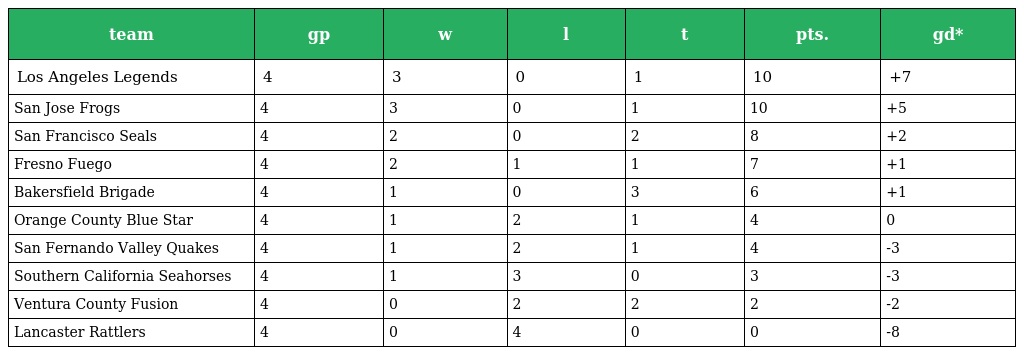
| team | gp | w | l | t | pts. | gd* |
 | --- | --- | --- | --- | --- | --- | --- |
 | Los Angeles Legends | 4 | 3 | 0 | 1 | 10 | +7 |
 | San Jose Frogs | 4 | 3 | 0 | 1 | 10 | +5 |
 | San Francisco Seals | 4 | 2 | 0 | 2 | 8 | +2 |
 | Fresno Fuego | 4 | 2 | 1 | 1 | 7 | +1 |
 | Bakersfield Brigade | 4 | 1 | 0 | 3 | 6 | +1 |
 | Orange County Blue Star | 4 | 1 | 2 | 1 | 4 | 0 |
 | San Fernando Valley Quakes | 4 | 1 | 2 | 1 | 4 | -3 |
 | Southern California Seahorses | 4 | 1 | 3 | 0 | 3 | -3 |
 | Ventura County Fusion | 4 | 0 | 2 | 2 | 2 | -2 |
 | Lancaster Rattlers | 4 | 0 | 4 | 0 | 0 | -8 |